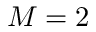
M = 2